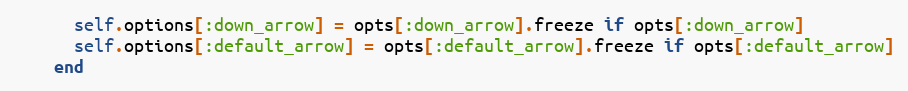
Language: Ruby
      self.options[:down_arrow] = opts[:down_arrow].freeze if opts[:down_arrow]
      self.options[:default_arrow] = opts[:default_arrow].freeze if opts[:default_arrow]
    end